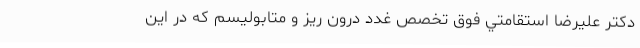
دكتر عليرضا استقامتي فوق تخصص غدد درون ریز و متابولیسم که در این